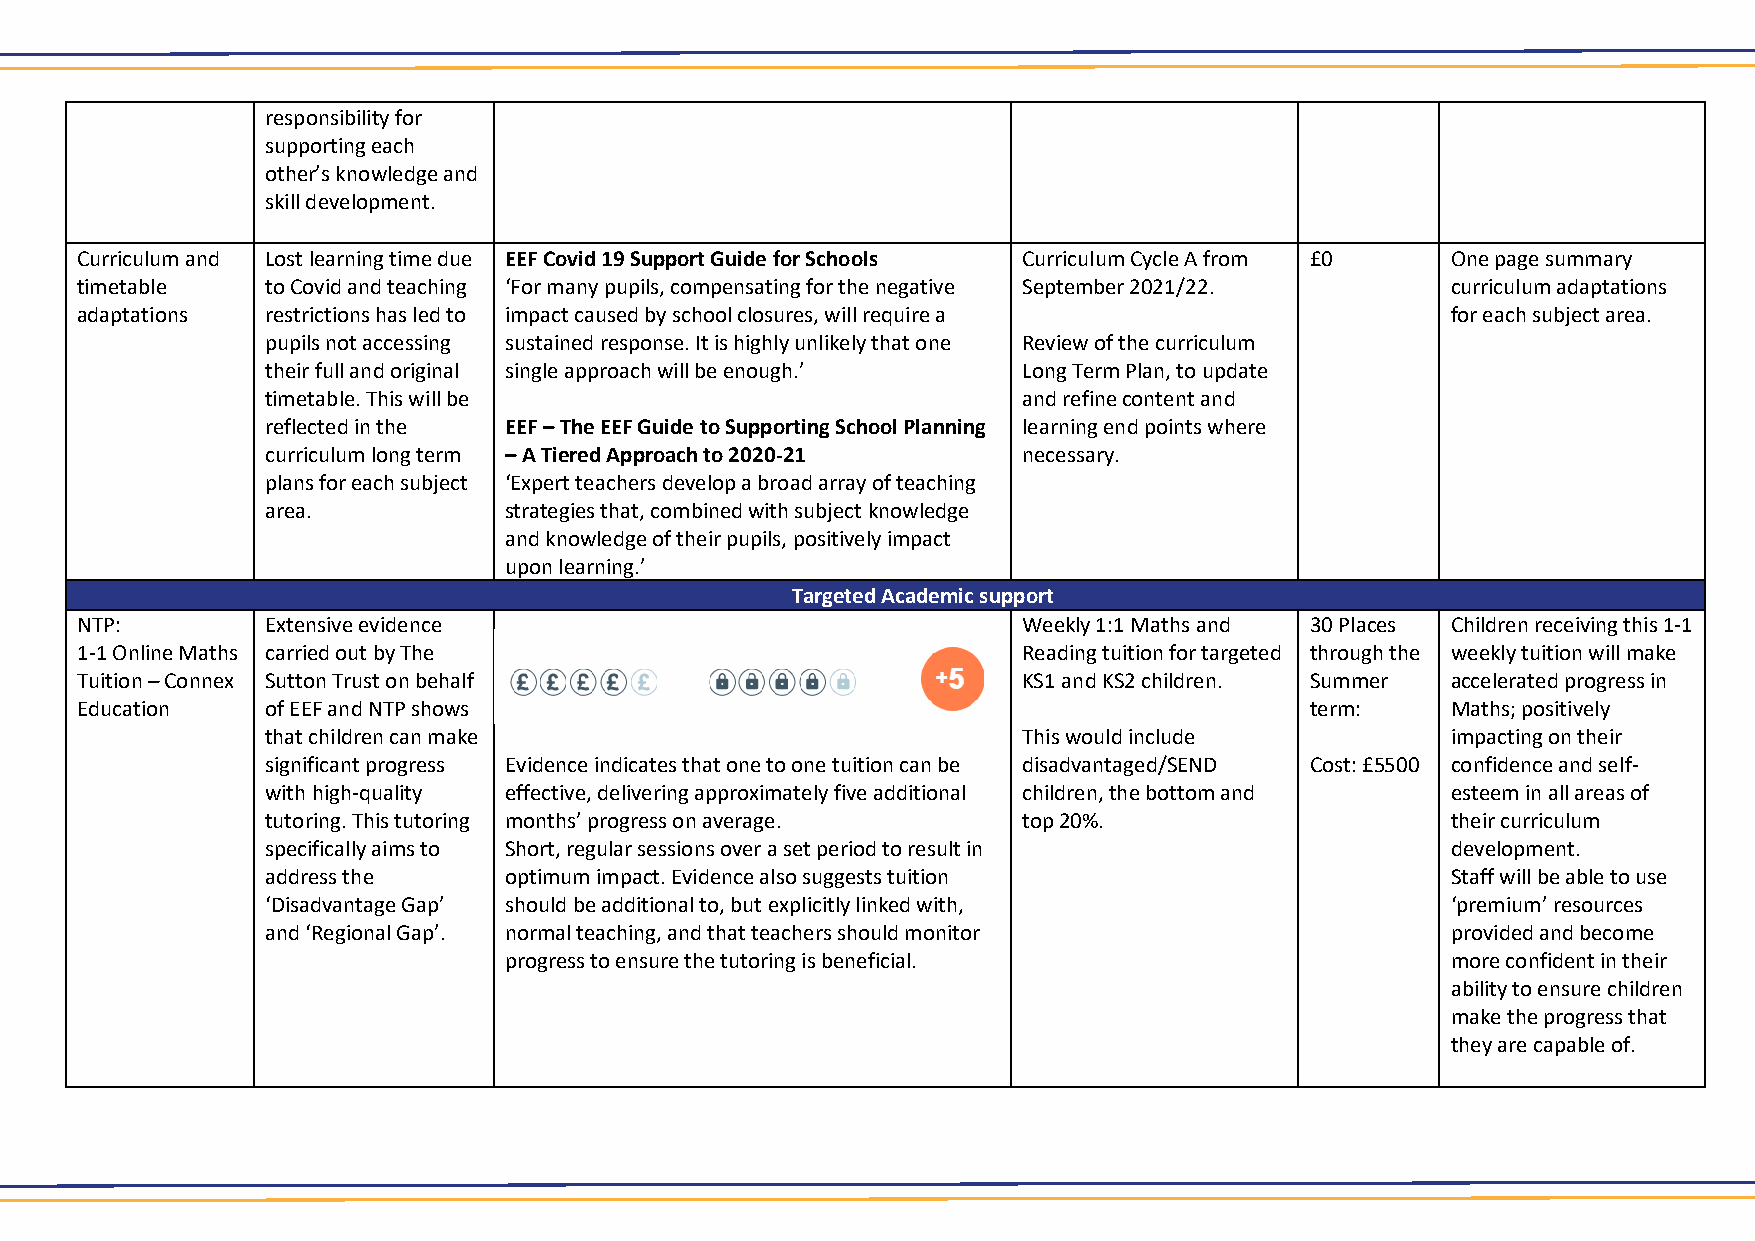
responsibility for
 supporting each
 other’s knowledge and
 skill development.
 Curriculum and Lost learning time due EEF Covid 19 Support Guide for Schools Curriculum Cycle A from £0 One page summary
 timetable    to Covid and teaching ‘For many pupils, compensating for the negative September 2021/22. curriculum adaptations
 adaptations  restrictions has led to impact caused by school closures, will require a      for each subject area.
 pupils not accessing sustained response. It is highly unlikely that one Review of the curriculum
 their full and original single approach will be enough.’ Long Term Plan, to update
 timetable. This will be                           and refine content and
 reflected in the EEF – The EEF Guide to Supporting School Planning learning end points where
 curriculum long term – A Tiered Approach to 2020-21 necessary.
 plans for each subject ‘Expert teachers develop a broad array of teaching
 area.          strategies that, combined with subject knowledge
 and knowledge of their pupils, positively impact
 upon learning.’
 Targeted Academic support
 NTP:         Extensive evidence                                Weekly 1:1 Maths and 30 Places Children receiving this 1-1
 1-1 Online Maths carried out by The                            Reading tuition for targeted through the weekly tuition will make
 Tuition – Connex Sutton Trust on behalf                        KS1 and KS2 children. Summer accelerated progress in
 Education    of EEF and NTP shows                                                 term:    Maths; positively
 that children can make                            This would include          impacting on their
 significant progress Evidence indicates that one to one tuition can be disadvantaged/SEND Cost: £5500 confidence and self-
 with high-quality effective, delivering approximately five additional children, the bottom and esteem in all areas of
 tutoring. This tutoring months’ progress on average. top 20%.                 their curriculum
 specifically aims to Short, regular sessions over a set period to result in   development.
 address the    optimum impact. Evidence also suggests tuition                 Staff will be able to use
 ‘Disadvantage Gap’ should be additional to, but explicitly linked with,       ‘premium’ resources
 and ‘Regional Gap’. normal teaching, and that teachers should monitor         provided and become
 progress to ensure the tutoring is beneficial.                 more confident in their
 ability to ensure children
 make the progress that
 they are capable of.